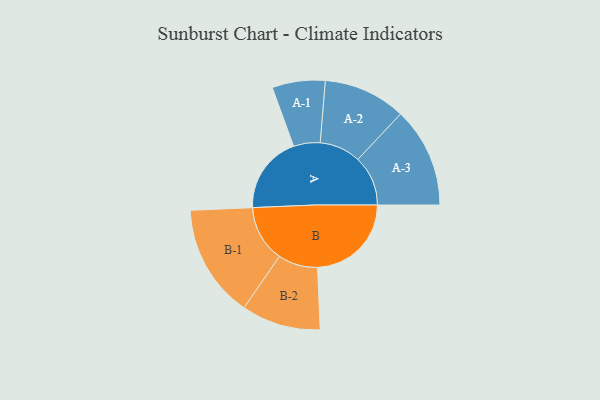
{"axis": {"x": "Segment", "y": "Value"}, "legend": ["", "A", "B"], "data": [{"x": "A", "y": 401, "type": ""}, {"x": "B", "y": 485, "type": ""}, {"x": "A-1", "y": 137, "type": "A"}, {"x": "A-2", "y": 213, "type": "A"}, {"x": "A-3", "y": 259, "type": "A"}, {"x": "B-1", "y": 293, "type": "B"}, {"x": "B-2", "y": 205, "type": "B"}]}